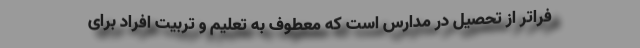
فراتر از تحصیل در مدارس است که معطوف به تعلیم و تربیت افراد برای